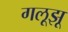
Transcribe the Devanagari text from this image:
गलूझू